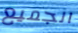
الجميع